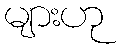
များဟု